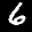
Label: 6